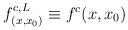
LaTeX: \begin{align*}f_{(x, x_{0})}^{c,L} \equiv f^{c}(x, x_{0})\end{align*}